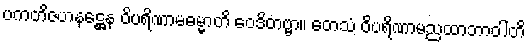
ပကတိဇဟနဋ္ဌေန ဝိပရိဏာမဓမ္မာတိ ဝေဒိတဗ္ဗာ။ တေသံ ဝိပရိဏာမညထာဘာဝါတိ